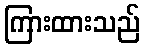
ကြားထားသည်